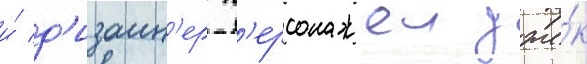
и́ д'изаин'ер п'ерсонажеи дже́к